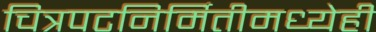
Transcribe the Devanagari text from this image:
चित्रपटनिर्मितीमध्येही